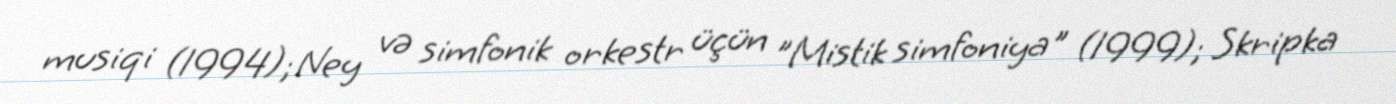
musiqi (1994); Ney və simfonik orkestr üçün "Mistik simfoniya" (1999); Skripka